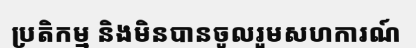
ប្រតិកម្ម និងមិនបានចូលរួមសហការណ៍